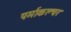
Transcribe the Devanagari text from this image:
पर्माकल्चर